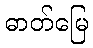
ဓာတ်မြေ